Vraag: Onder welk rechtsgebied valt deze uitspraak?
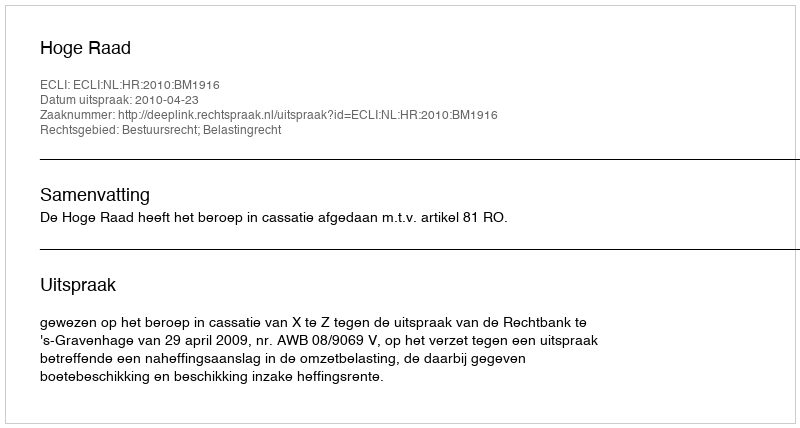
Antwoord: Bestuursrecht; Belastingrecht